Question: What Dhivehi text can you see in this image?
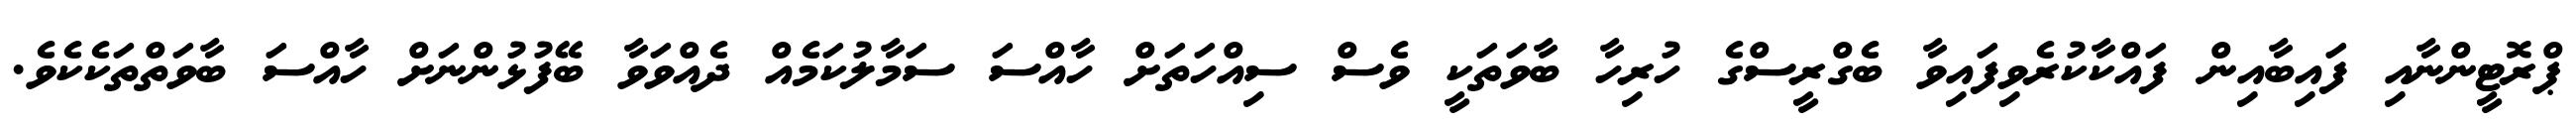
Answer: ޕްރޮޓީންނާއި ފައިބާއިން ފައްކާކުރެވިފައިވާ ބެގްރީސްގެ ހުރިހާ ބާވަތަކީ ވެސް ސިއްހަތަށް ހާއްސަ ސަމާލުކަމެއް ދެއްވަވާ ބޭފުޅުންނަށް ހާއްސަ ބާވަތްތަކެކެވެ.